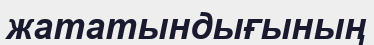
жататындығының